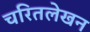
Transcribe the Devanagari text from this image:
चरितलेखन